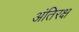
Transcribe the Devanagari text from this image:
अंतिरक्ष